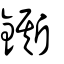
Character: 鐁